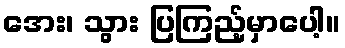
အေး၊ သွား ပြကြည့်မှာပေါ့။